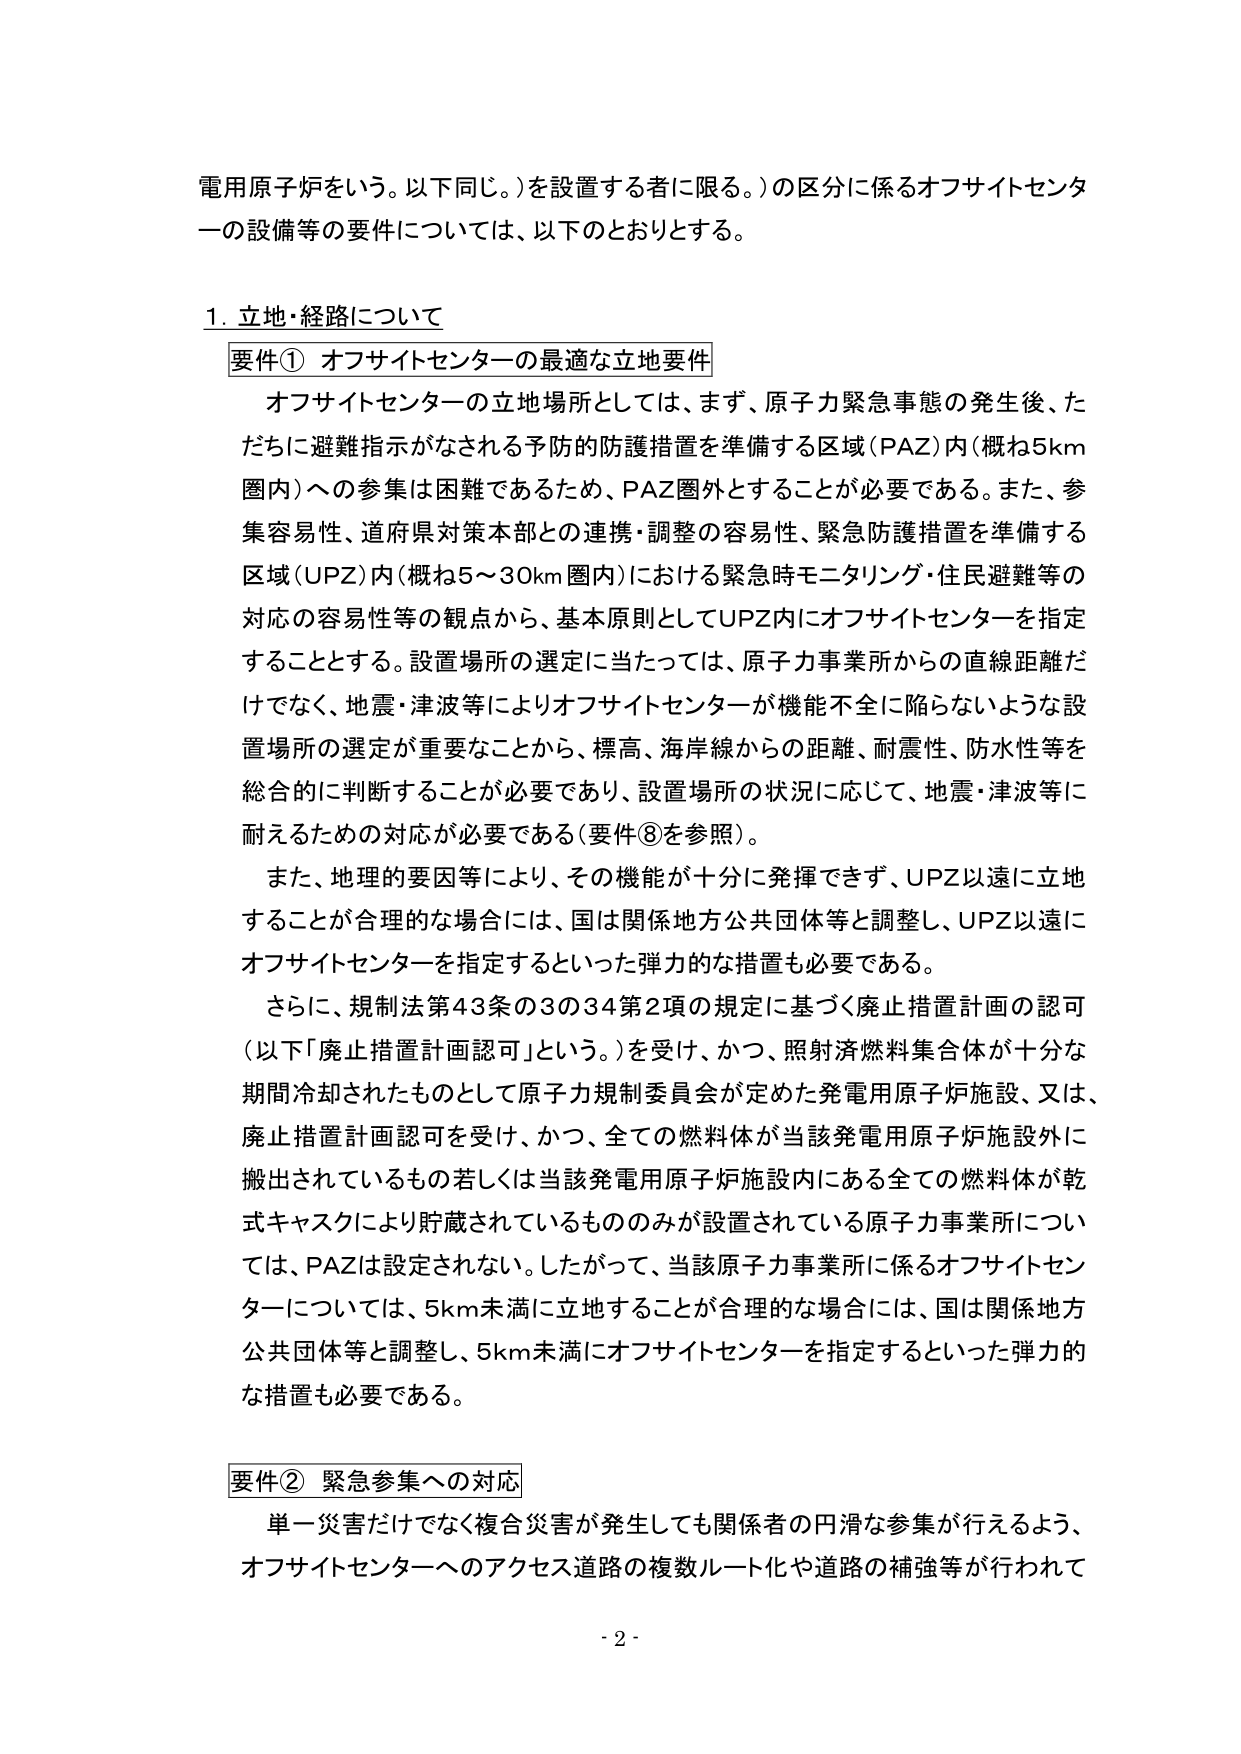
電用原子炉をいう。以下同じ。）を設置する者に限る。）の区分に係るオフサイトセンターの設備等の要件については、以下のとおりとする。

1. 立地・経路について

要件① オフサイトセンターの最適な立地要件

オフサイトセンターの立地場所としては、まず、原子力緊急事態の発生後、ただちに避難指示がなされる予防的防護措置を準備する区域（PAZ）内（概ね5km圏内）への参集は困難であるため、PAZ圏外とすることが必要である。また、参集容易性、道府県対策本部との連携・調整の容易性、緊急防護措置を準備する区域（UPZ）内（概ね5～30km圏内）における緊急時モニタリング・住民避難等の対応の容易性等の観点から、基本原則としてUPZ内にオフサイトセンターを指定することとする。設置場所の選定に当たっては、原子力事業所からの直線距離だけでなく、地震・津波等によりオフサイトセンターが機能不全に陥らないような設置場所の選定が重要なことから、標高、海岸線からの距離、耐震性、防水性等を総合的に判断することが必要であり、設置場所の状況に応じて、地震・津波等に耐えるための対応が必要である（要件⑧を参照）。

また、地理的要因等により、その機能が十分に発揮できず、UPZ以遠に立地することが合理的な場合には、国は関係地方公共団体等と調整し、UPZ以遠にオフサイトセンターを指定するといった弾力的な措置も必要である。

さらに、規制法第43条の3の34第2項の規定に基づく廃止措置計画の認可（以下「廃止措置計画認可」という。）を受け、かつ、照射済燃料集合体が十分な期間冷却されたものとして原子力規制委員会が定めた発電用原子炉施設、又は、廃止措置計画認可を受け、かつ、全ての燃料体が当該発電用原子炉施設外に搬出されているもの若しくは当該発電用原子炉施設内にある全ての燃料体が乾式キャスクにより貯蔵されているもののみが設置されている原子力事業所については、PAZは設定されない。したがって、当該原子力事業所に係るオフサイトセンターについては、5km未満に立地することが合理的な場合には、国は関係地方公共団体等と調整し、5km未満にオフサイトセンターを指定するといった弾力的な措置も必要である。

要件② 緊急参集への対応

単一災害だけでなく複合災害が発生しても関係者の円滑な参集が行えるよう、オフサイトセンターへのアクセス道路の複数ルート化や道路の補強等が行われて

- 2 -